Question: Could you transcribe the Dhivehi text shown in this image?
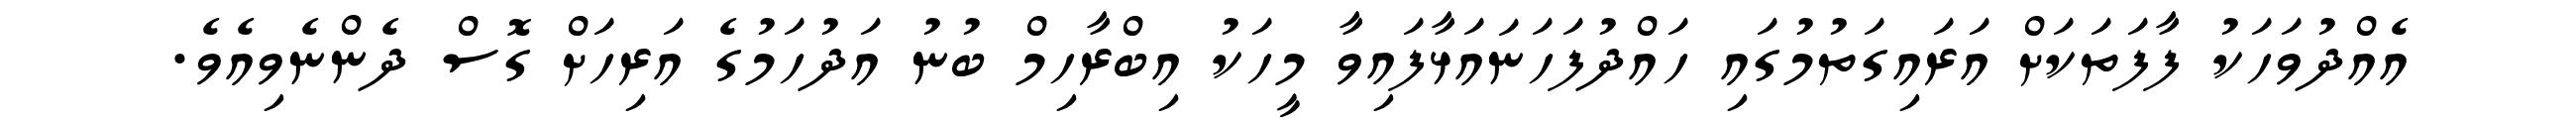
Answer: އެއްދުވަހަކު ފާފަތަކަށް އަރައިގަތުމުގައި ހައްދުފަހަނައަޅާފައިވާ މީހަކު އިބްރާހިމް ބުނު އަދުހަމުގެ އަރިހަށް ގޮސް ދެންނެވިއެވެ.